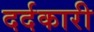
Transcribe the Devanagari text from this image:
दर्दकारी